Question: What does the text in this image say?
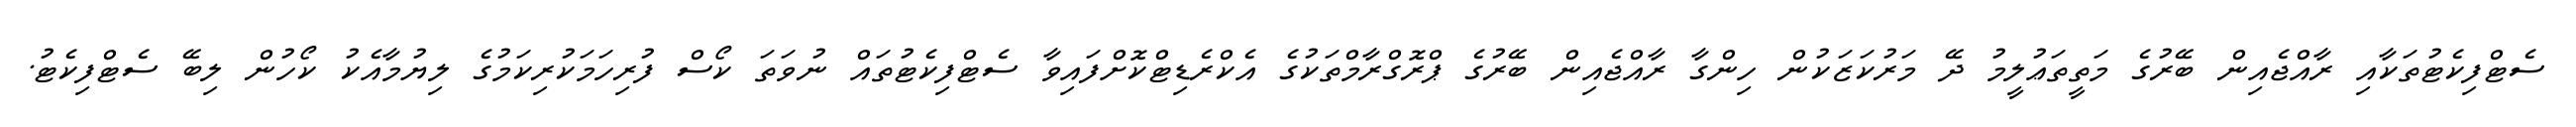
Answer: ސެޓްފިކެޓުތަކާއި ރާއްޖެއިން ބޭރުގެ މަތީތަޢުލީމު ދޭ މަރުކަޒަކުން ހިންގާ ރާއްޖެއިން ބޭރުގެ ޕްރޮގްރާމްތަކުގެ އެކްރެޑިޓްކޮށްފައިވާ ސެޓްފިކެޓުތައް ނުވަތަ ކޯސް ފުރިހަމަކުރިކަމުގެ ލިޔުމާއެކު ކޯހުން ލިބޭ ސެޓްފިކެޓު.